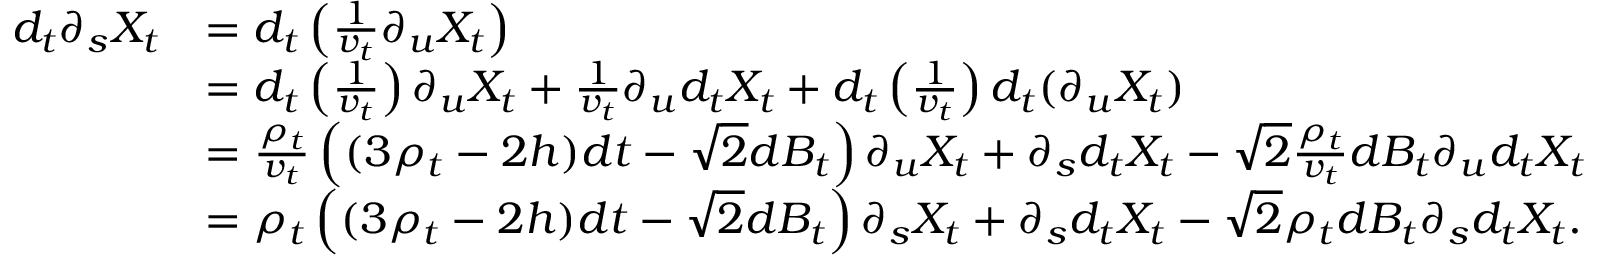
\begin{array} { r l } { d _ { t } \partial _ { s } X _ { t } } & { = d _ { t } \left( \frac { 1 } { v _ { t } } \partial _ { u } X _ { t } \right) } \\ & { = d _ { t } \left( \frac { 1 } { v _ { t } } \right) \partial _ { u } X _ { t } + \frac { 1 } { v _ { t } } \partial _ { u } d _ { t } X _ { t } + d _ { t } \left( \frac { 1 } { v _ { t } } \right) d _ { t } ( \partial _ { u } X _ { t } ) } \\ & { = \frac { \rho _ { t } } { v _ { t } } \left( ( 3 \rho _ { t } - 2 h ) d t - \sqrt { 2 } d B _ { t } \right) \partial _ { u } X _ { t } + \partial _ { s } d _ { t } X _ { t } - \sqrt { 2 } \frac { \rho _ { t } } { v _ { t } } d B _ { t } \partial _ { u } d _ { t } X _ { t } } \\ & { = \rho _ { t } \left( ( 3 \rho _ { t } - 2 h ) d t - \sqrt { 2 } d B _ { t } \right) \partial _ { s } X _ { t } + \partial _ { s } d _ { t } X _ { t } - \sqrt { 2 } \rho _ { t } d B _ { t } \partial _ { s } d _ { t } X _ { t } . } \end{array}